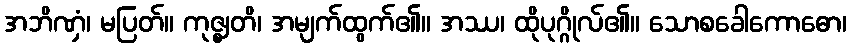
အဘိဏှံ၊ မပြတ်။ ကုဇ္ဈတိ၊ အမျက်ထွက်၏။ အဿ၊ ထိုပုဂ္ဂိုလ်၏။ သောစခေါကောဓော၊